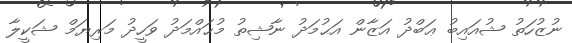
ނުޒުހަތު ޝުއައިބު ޢަބްދު އަޒާން އަޙުމަދު ނާޝިތު މުޙައްމަދު ވަހީދު މަރިޔަމް ޝަކީލާ